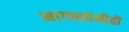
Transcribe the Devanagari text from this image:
भागवतांनीही